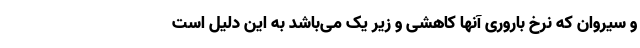
و سیروان که نرخ باروری آنها کاهشی و زیر یک می‌باشد به این دلیل است